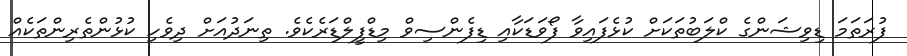
ފުރަތަމަ ޑިވިޝަންގެ ކްލަބުތަކަށް ކުޅެފައިވާ ފޯވަޑަކާއި ޑިފެންސިވް މިޑްފީލްޑަރެކެވެ. ތިނަދުއަށް ދިވެހި ކުޅުންތެރިންތަކެއް